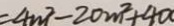
= 4 m ^ { 2 } - 2 0 m ^ { 2 } + 4 a